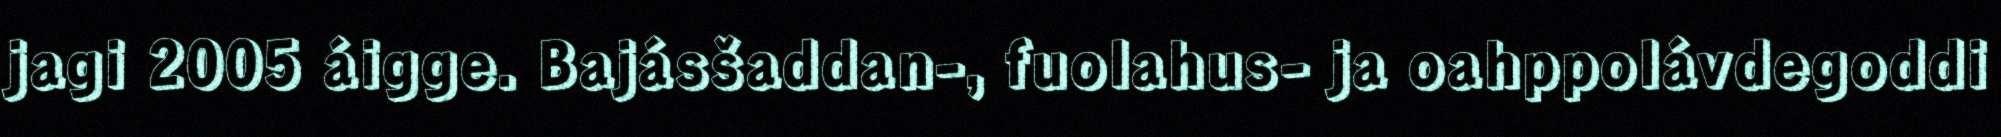
jagi 2005 áigge. Bajásšaddan-, fuolahus- ja oahppolávdegoddi